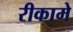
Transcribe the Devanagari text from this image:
रीकामे